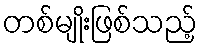
တစ်မျိုးဖြစ်သည့်